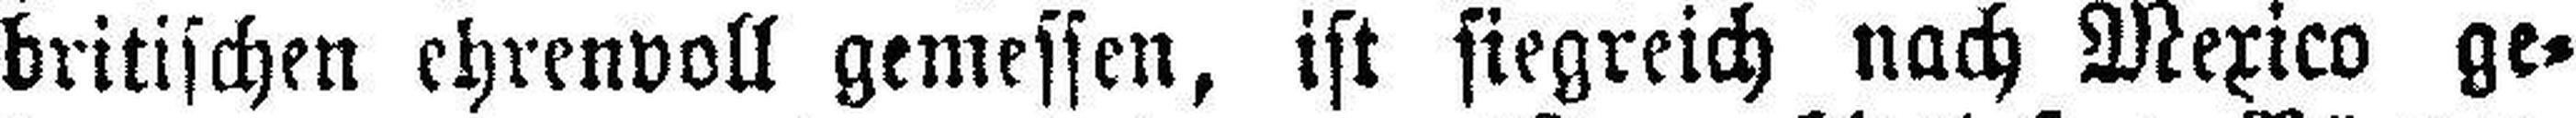
britischen ehrenvoll gemessen, ist siegreich nach Mexico ge¬